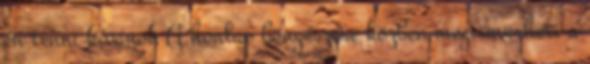
én tenni kívánok A honlap böngészése közben megismerheti a